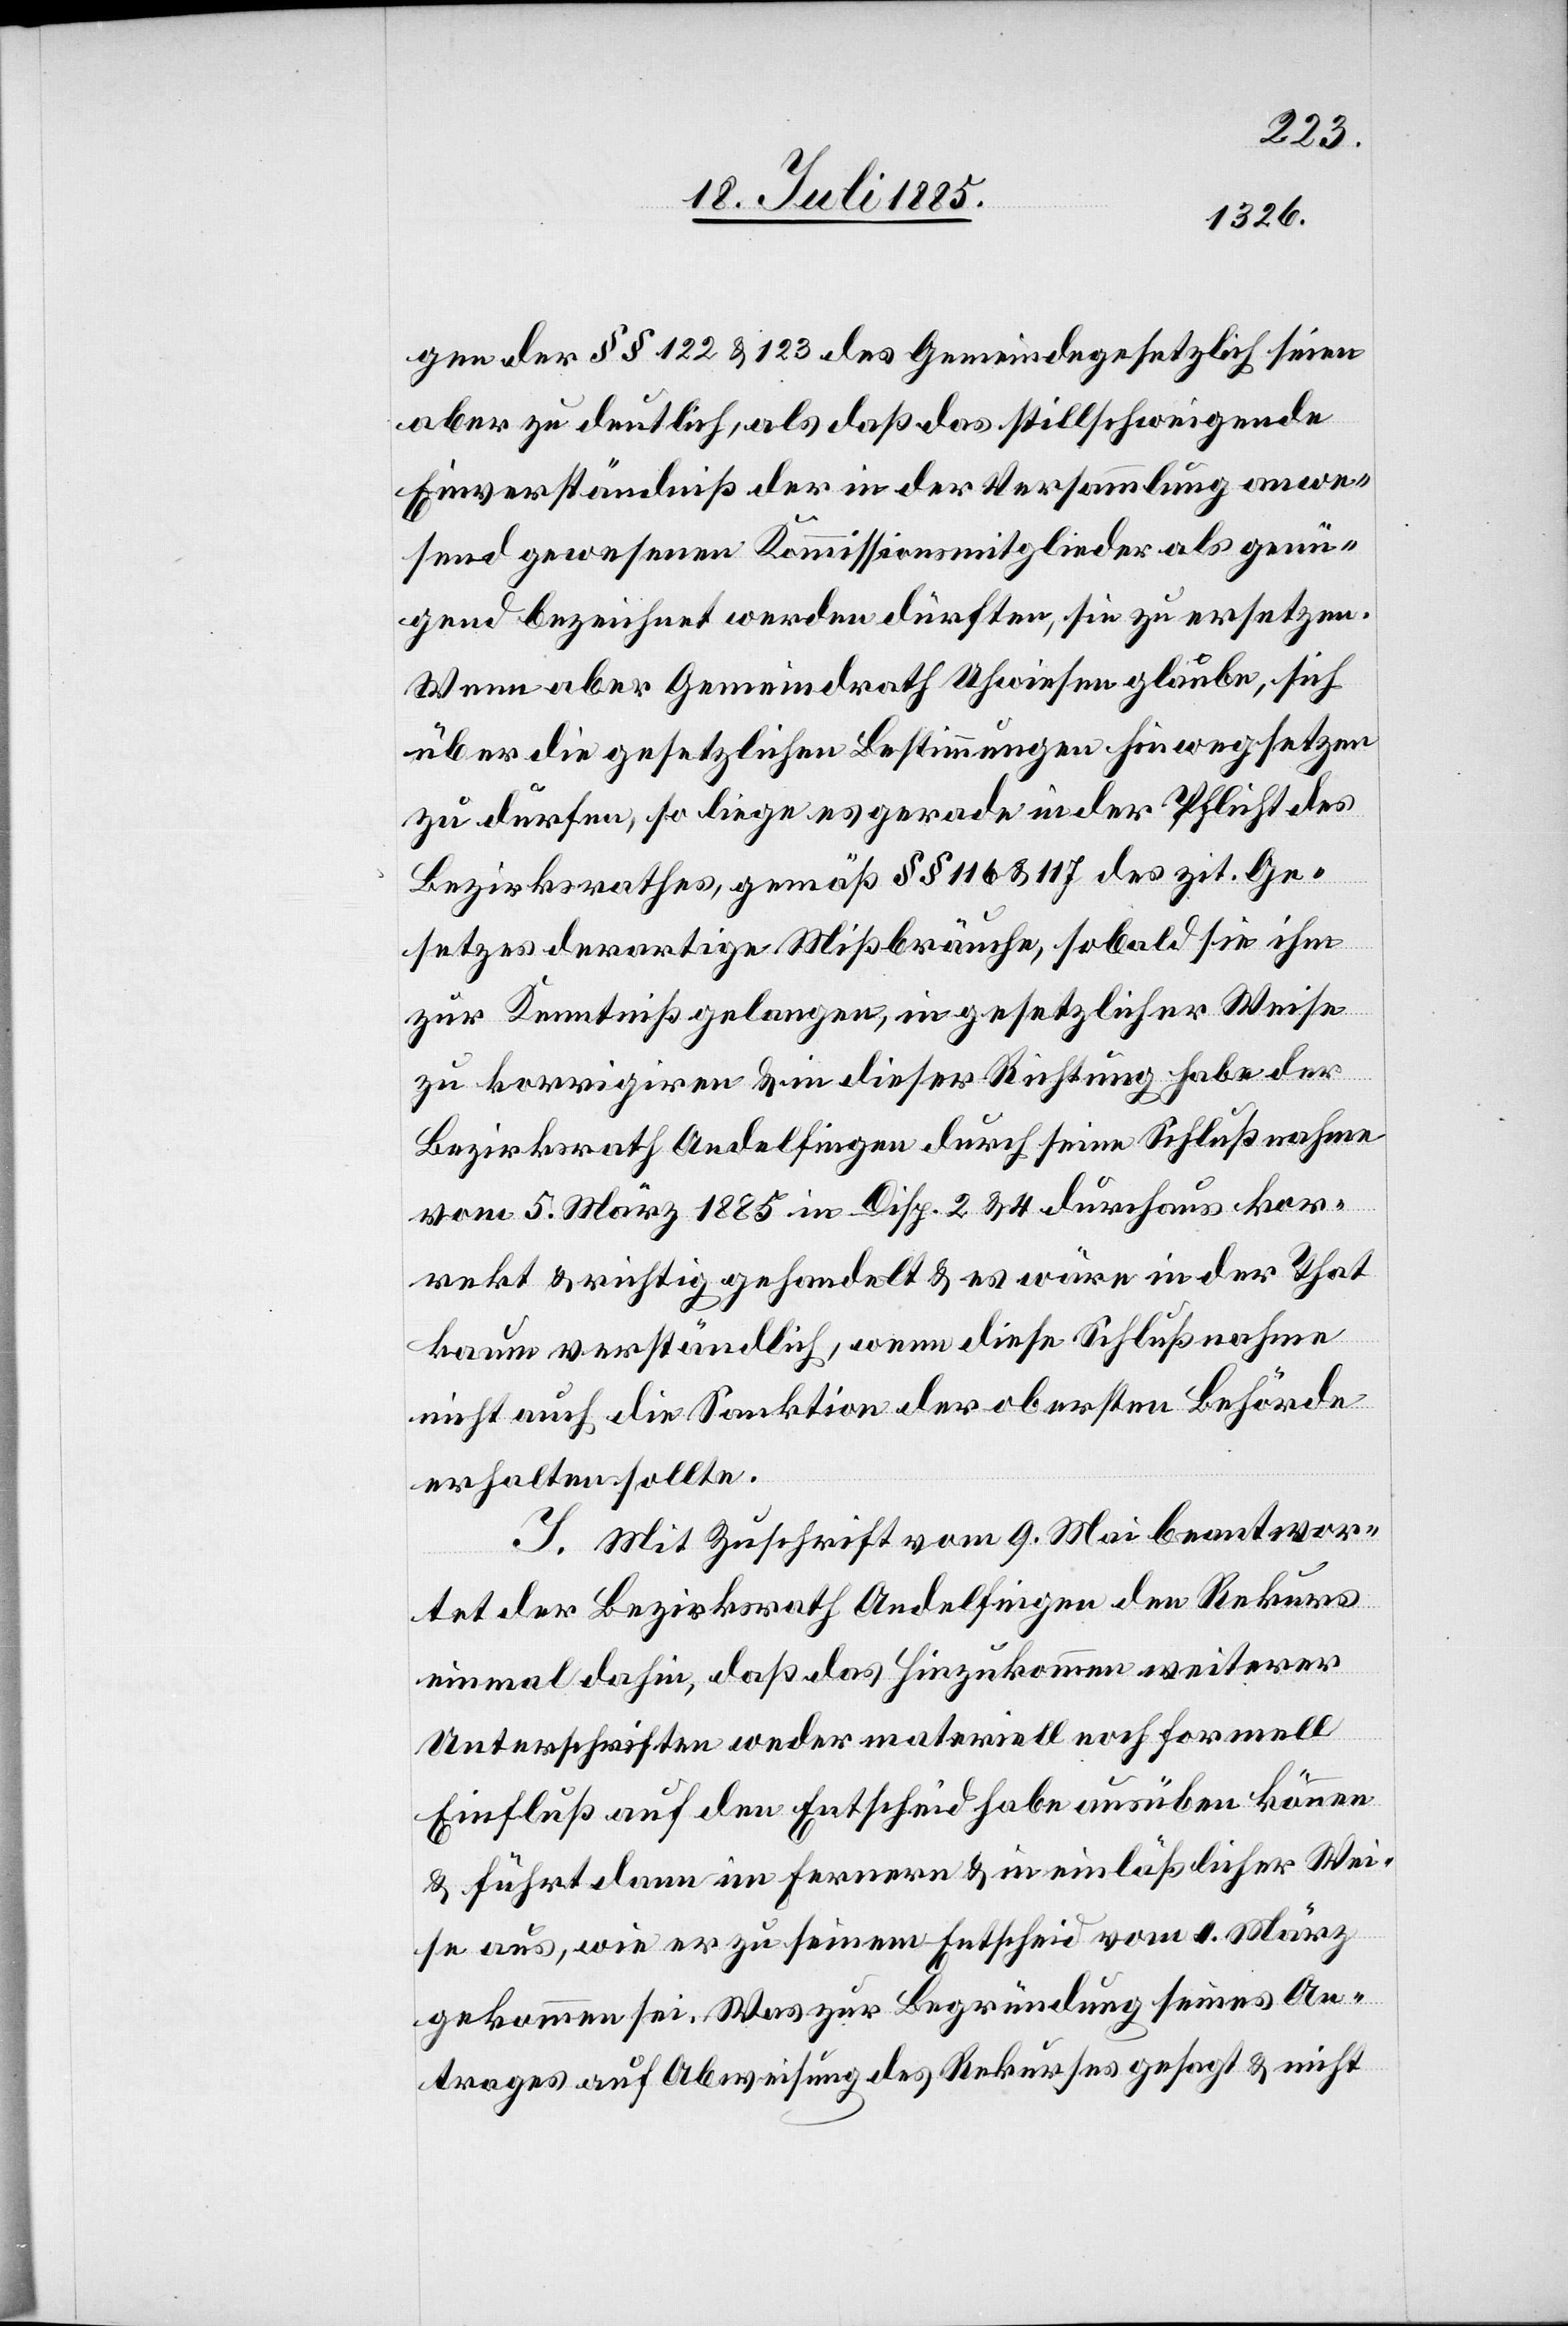
gen der §§ 122 & 123 des Gemeindegesetzlich [sic!]
aber zu deutlich, als das stillschweigende
Einverständniß der in der Versammlung anwe¬
send gewesenen Kommissionsmitglieder als genü¬
gend bezeichnet werden dürften, sie zu ersetzen.
Wenn aber [der] Gemeindrath Uhwiesen glaube, sich
über die gesetzlichen Bestimmungen hinwegsetzen
zu dürfen, so liege es gerade in der Pflicht des
Bezirksrathes, gemäß §§ 116 & 117 des zit. Ge¬
setzes derartige Mißbräuche, sobald sie ihm
zur Kenntniß gelangen, in gesetzlicher Weise
zu korrigiren & in dieser Richtung habe der
Bezirksrath Andelfingen durch seine Schlußnahme
vom 5. März 1885 in Disp. 2 & 4 durchaus kor¬
rekt & richtig gehandelt & es wäre in der That
kaum verständlich, wenn diese Schlußnahme
nicht auch die Sanktion der obersten Behörde
erhalten sollte.
I. Mit Zuschrift vom 9. Mai beantwor¬
tet der Bezirksrath Andelfingen den Rekurs
einmal dahin, daß das Hinzukommen weiterer
Unterschriften weder materiell noch formell
Einfluß auf den Entscheid habe ausüben können
& führt dann im Fernern & in einläßlicher Wei¬
se aus, wie er zu seinem Entscheid vom 4. März
gekommen sei. Was zur Begründung seines An¬
trages auf Abweisung des Rekurses gesagt & nicht